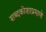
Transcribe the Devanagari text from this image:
शब्दकोशाप्रमाणे